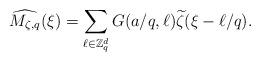
LaTeX: \begin{align*} \widehat {M _{\zeta, q}} (\xi ) = \sum_{\ell \in \mathbb Z ^{d}_q} G (a/q, \ell ) \widetilde \zeta (\xi - \ell /q). \end{align*}